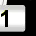
Digit: 1